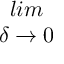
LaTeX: \begin{array} { c } { { l i m } } \\ { { \delta \rightarrow 0 } } \end{array}